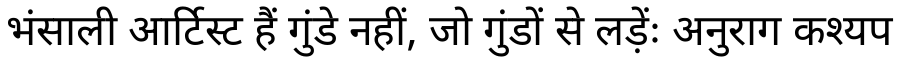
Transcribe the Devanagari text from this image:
भंसाली आर्टिस्ट हैं गुंडे नहीं, जो गुंडों से लड़ेंः अनुराग कश्यप